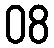
08